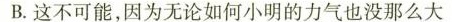
B.这不可能，因为无论如何小明的力气也没那么大